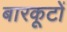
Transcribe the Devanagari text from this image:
बारकूटों